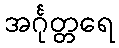
အင်္ဂုတ္တရေ